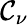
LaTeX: \mathcal{C}_{\nu}